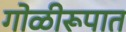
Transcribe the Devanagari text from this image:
गोळीरूपात